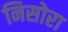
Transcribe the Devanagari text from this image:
निसोरा